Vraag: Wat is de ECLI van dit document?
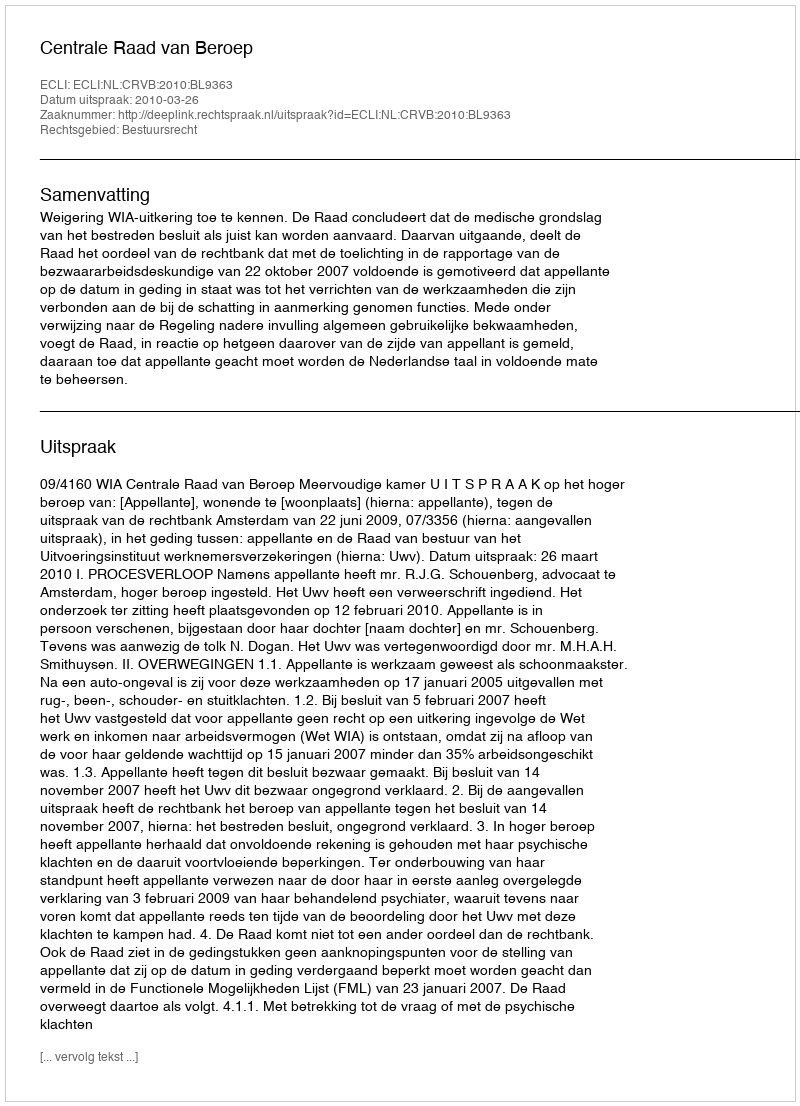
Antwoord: ECLI:NL:CRVB:2010:BL9363